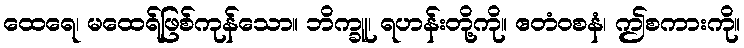
ထေရေ၊ မထေရ်ဖြစ်ကုန်သော။ ဘိက္ခူ၊ ရဟန်းတို့ကို။ ဧတံဝစနံ၊ ဤစကားကို။